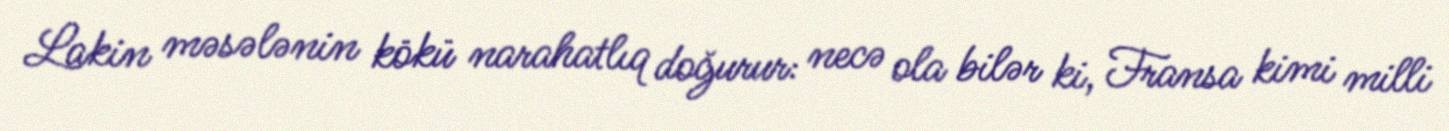
Lakin məsələnin kökü narahatlıq doğurur: necə ola bilər ki, Fransa kimi milli